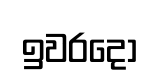
ඉවරදෝ